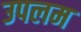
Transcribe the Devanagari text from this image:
उपलम